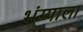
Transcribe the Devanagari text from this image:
भंग्याला